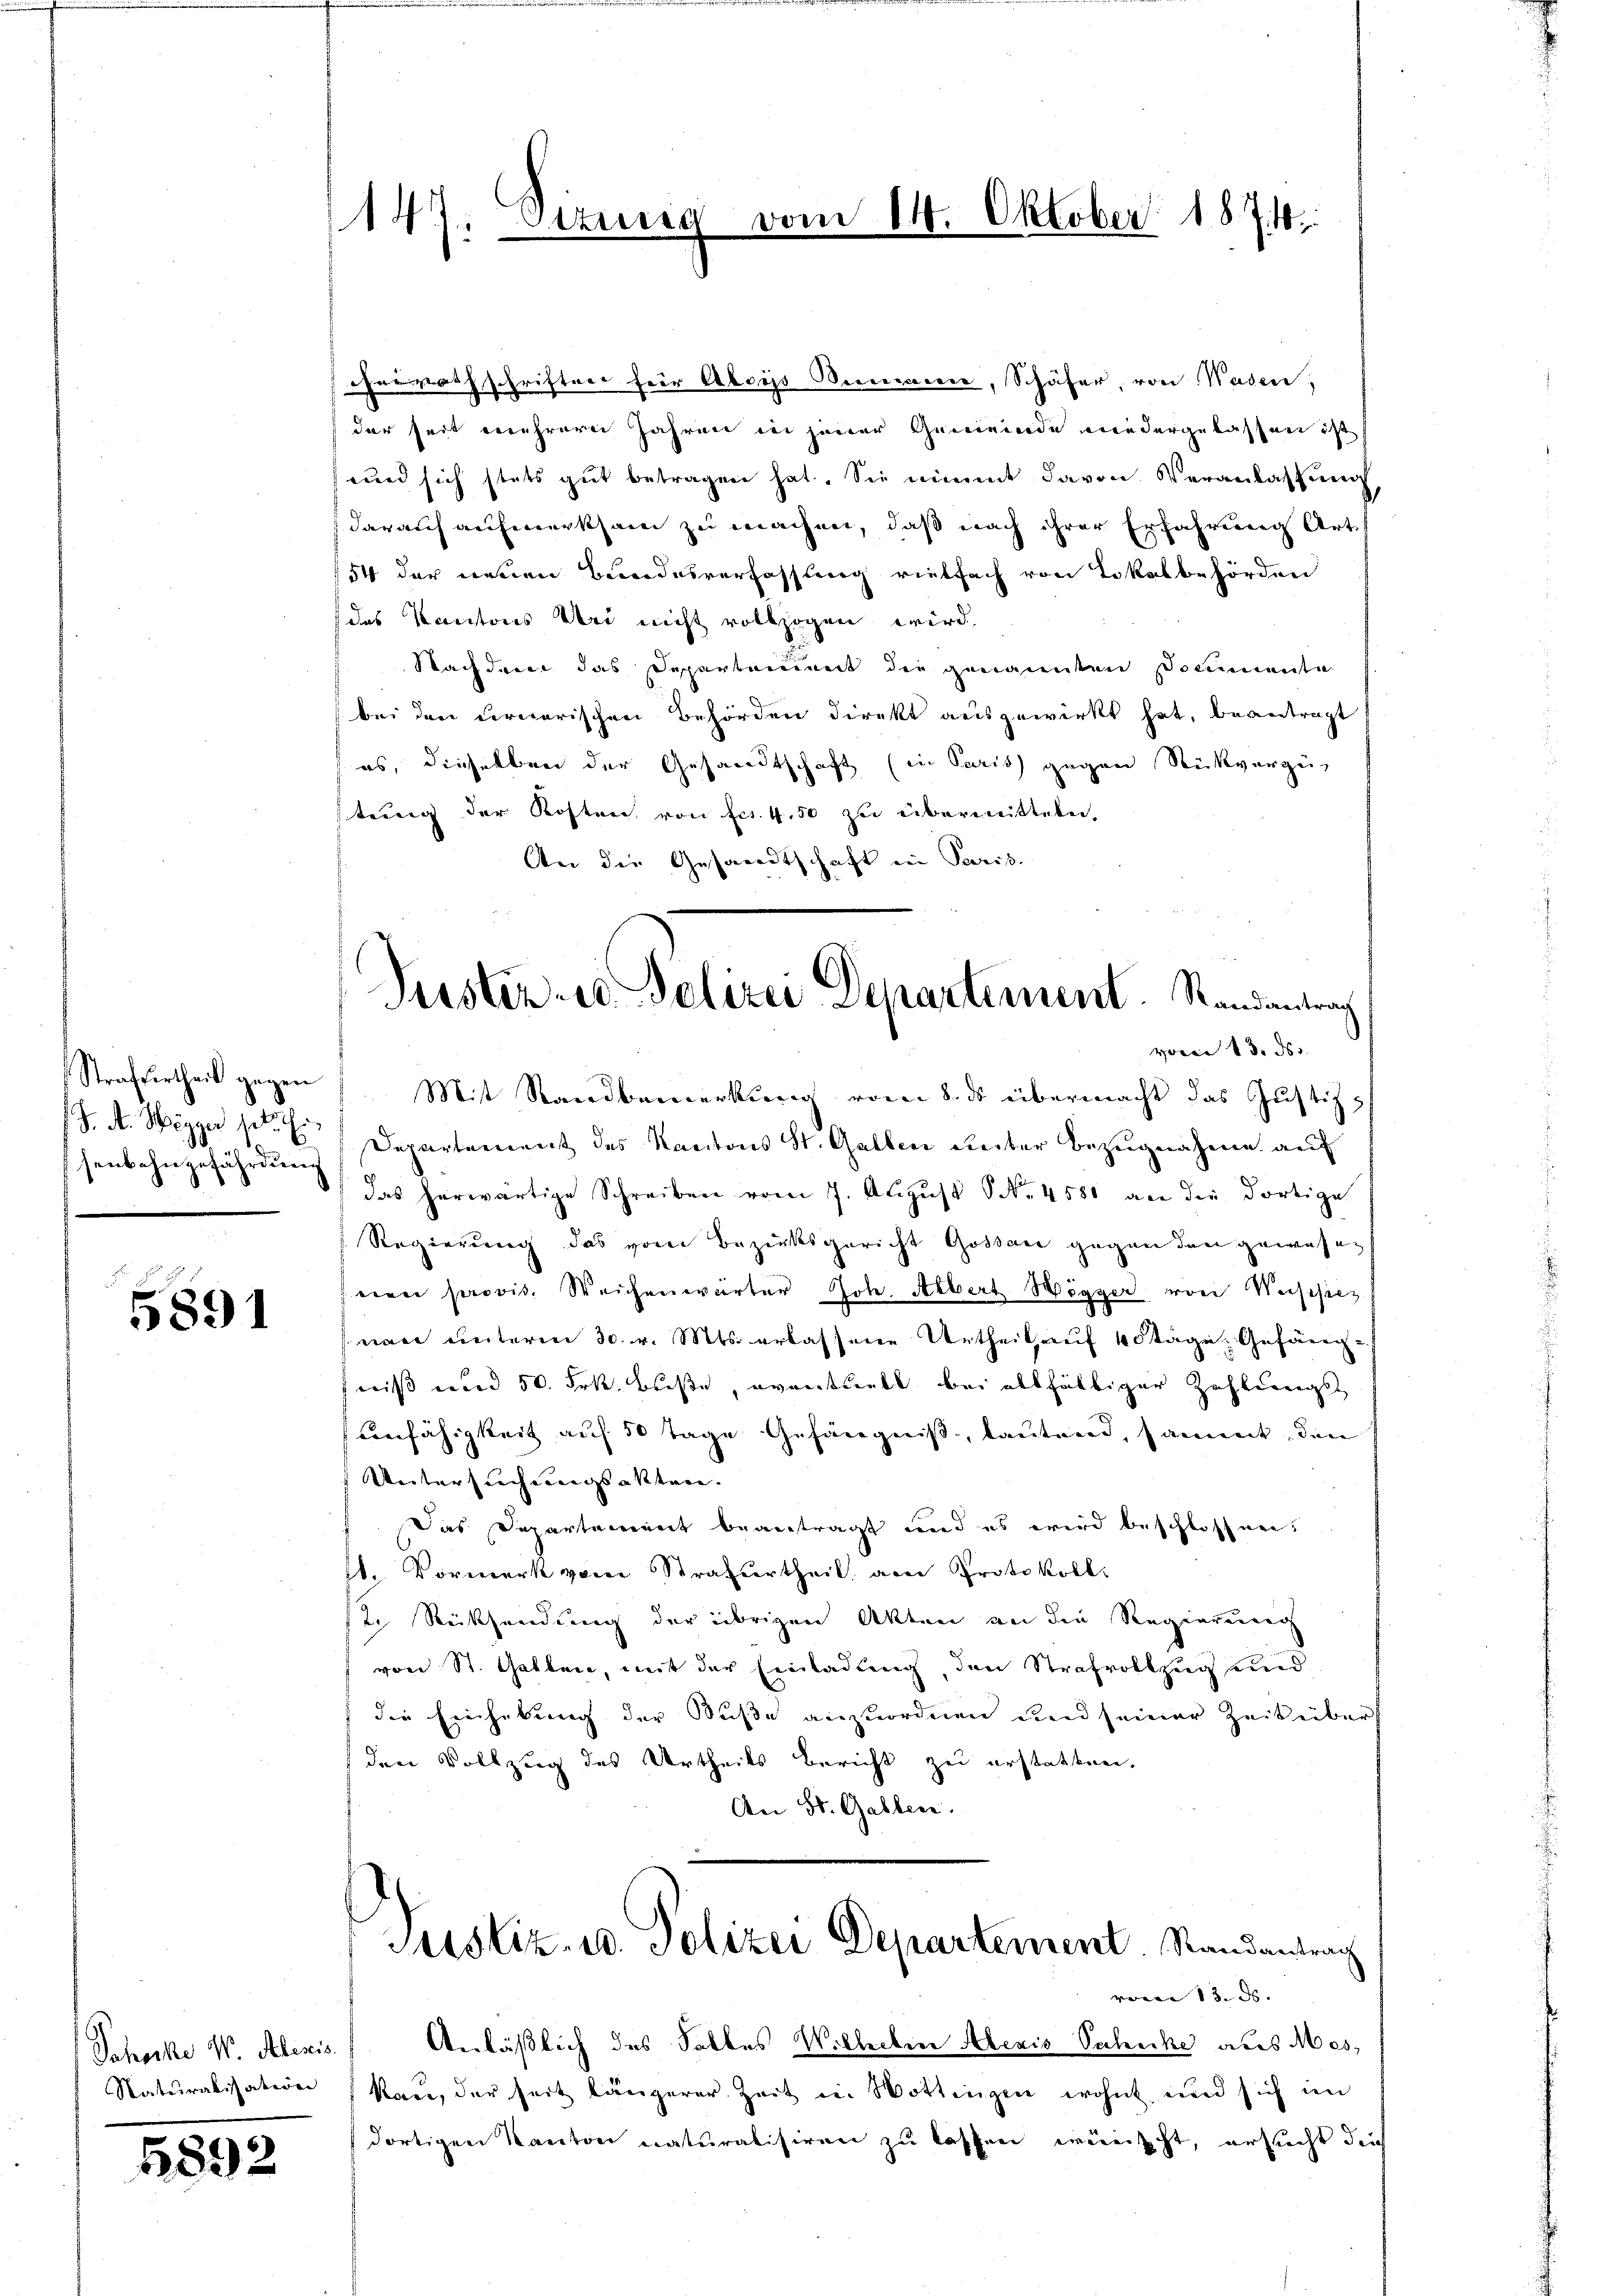
Strafvertheil gegen
senbahngefährdung

5891

Schocke W. Alleris
Naturalisation

5892

147. Dirnes

henrathschriften für Abriss Bernerence, Schäfer, von Waden,
der seit mehrerei Jahren in jener Gemeinde wiedergelassen ist
und sich stets gut betragen hat. Sie nimmt davon Veranlassung
darauf aufmerksam zu machen, daß nach ihrer Erfahrung Arth
154 der neuen Bundesverfassung rietfach von Lokalbehörden
das Kantons bei nicht vollzogen wird.
Nachdem das Departement die genannten Pommente
bei den vernarischen Behörden direkt ausgewirkt hat, beantragt
es, dieselben der Gesandtschaft (in Paris gegen Rückvergestung der Kosten von fr. 450 zu übermitteln.
An die Gesandtschaft in Paris.

14. Oktober 1871:

Puster u. Polizei Departement. Randantrag
voren 13. ds. |

Mit Standbemerkung vom 8. ds übermacht das Justiz
/J. A. Wegger sie Departement des Kantons St. Gallen unter Bezugnahme auf
das herwärtige Schreiben vom 7. August No. 4580 an die dortige
Regierung das vom Bezirksgericht Gossare gegen den gewese¬
 eine provis. Weichenwärter Joh. Albert Wögger von Weischiez
nan unterm 30. v. Mts. erlassene Urtheil auf 40 Tage Gefänge.
wiß und 50. Frk. Beiste, eventuell bei allfältiger Zahleneigt
unfähigkeit auf 50 Tage Gefängniß, lauten, sammt, den
Untersuchungsakten.
Das Departement beantragt und es wird beschlossen.
. Vormerk von Strafurtheil von Protokoll.
2. Rücksendung der übrigen Akten an die Regenreuung
von St. Gallen, mit der Einladung, den Strafvollzug und
die Einhebung der Buße anzuordnen und seiner Zeit über
(den Vollzug des Urtheils bericht zu erstatten,
An St. Gallen.

Justiz- u. Polizei Departement. Randantrag

von 13. ds. |

Anläßlich des Salbes Willerbier Aberis Schuhe abes Meskau, der seit längerer Zeit in Wottingen wohnt und sich im
dortigen Kanton naturalisiren zu lassen wünscht, ersucht durch